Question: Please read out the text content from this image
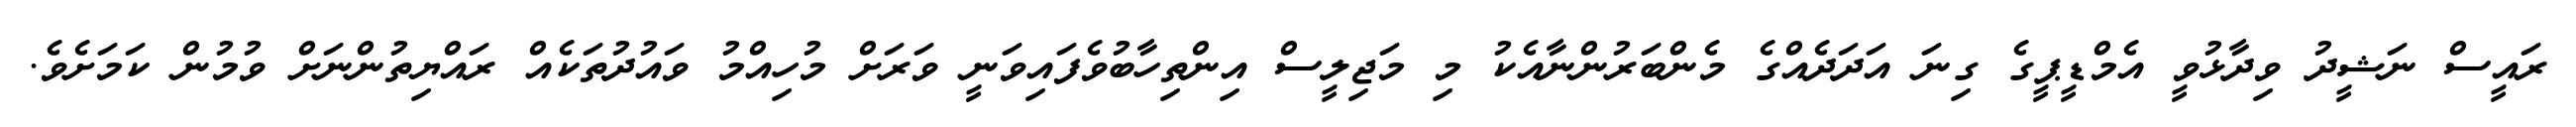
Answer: ރައީސް ނަޝީދު ވިދާޅުވީ އެމްޑީޕީގެ ގިނަ އަދަދެއްގެ މެންބަރުންނާއެކު މި މަޖިލީސް އިންތިހާބުވެފައިވަނީ ވަރަށް މުހިއްމު ވައުދުތަކެއް ރައްޔިތުންނަށް ވުމުން ކަމަށެވެ.